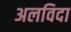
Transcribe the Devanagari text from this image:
अलविदा